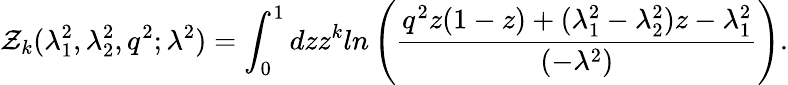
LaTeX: \mathcal{Z}_{k}(\lambda_{1}^{2},\lambda_{2}^{2},q^{2};\lambda^{2})=\int_{0}^{1}dzz^{k}ln\left(\frac{{q^{2}z(1-z)+(\lambda_{1}^{2}-\lambda_{2}^{2})z-\lambda_{1}^{2}}}{{(-\lambda^{2})}}\right).